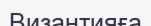
Византияға